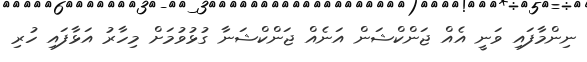
ނިންމާފައި ވަނީ އެއް ޖަންކްޝަން އަނެއް ޖަންކްޝަނާ ގުޅުވުމަށް މިހާރު އަޅާފައި ހުރި